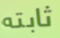
ثابته